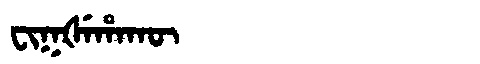
Manchu: ᠸᡳᡴᡧᡝᡥᠠᡴᡡ
Romanization: FIKŠEHAKŪ